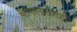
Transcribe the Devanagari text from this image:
बांगलादेशही